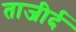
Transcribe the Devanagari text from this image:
ताजीर्द